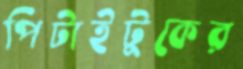
পিটাইটুকের